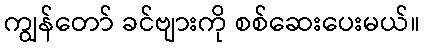
ကျွန်တော် ခင်ဗျားကို စစ်ဆေးပေးမယ်။